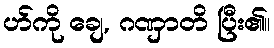
ဟ်ကို ချေ, ဂဏှာတိ ပြီး၏။